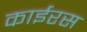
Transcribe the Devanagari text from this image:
काईरस